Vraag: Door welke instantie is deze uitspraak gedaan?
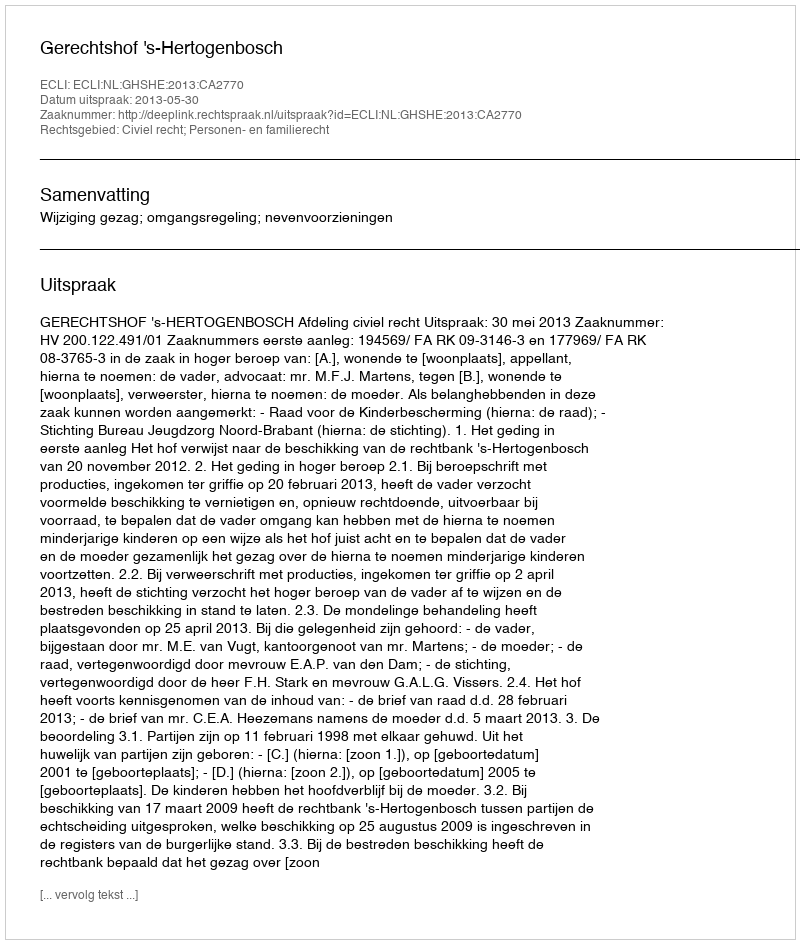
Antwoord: Gerechtshof 's-Hertogenbosch